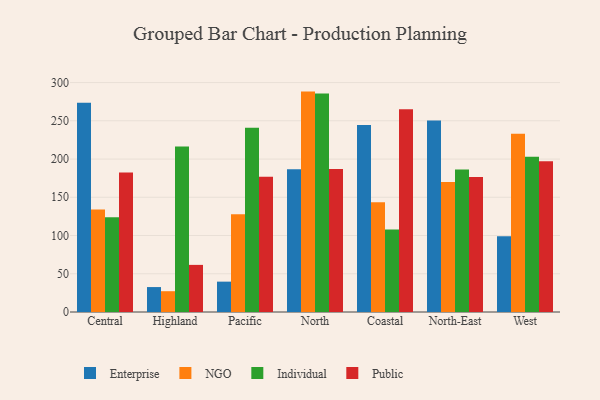
{"axis": {"x": "Region", "y": "Budget (USD K)"}, "legend": ["Enterprise", "Individual", "NGO", "Public"], "data": [{"x": "Central", "y": 273.7, "type": "Enterprise"}, {"x": "Central", "y": 134.1, "type": "NGO"}, {"x": "Central", "y": 123.8, "type": "Individual"}, {"x": "Central", "y": 182.5, "type": "Public"}, {"x": "Highland", "y": 32.6, "type": "Enterprise"}, {"x": "Highland", "y": 27.2, "type": "NGO"}, {"x": "Highland", "y": 216.3, "type": "Individual"}, {"x": "Highland", "y": 61.6, "type": "Public"}, {"x": "Pacific", "y": 39.7, "type": "Enterprise"}, {"x": "Pacific", "y": 127.8, "type": "NGO"}, {"x": "Pacific", "y": 240.8, "type": "Individual"}, {"x": "Pacific", "y": 176.7, "type": "Public"}, {"x": "North", "y": 186.6, "type": "Enterprise"}, {"x": "North", "y": 288.2, "type": "NGO"}, {"x": "North", "y": 285.8, "type": "Individual"}, {"x": "North", "y": 186.9, "type": "Public"}, {"x": "Coastal", "y": 244.4, "type": "Enterprise"}, {"x": "Coastal", "y": 143.5, "type": "NGO"}, {"x": "Coastal", "y": 108.0, "type": "Individual"}, {"x": "Coastal", "y": 265.0, "type": "Public"}, {"x": "North-East", "y": 250.5, "type": "Enterprise"}, {"x": "North-East", "y": 170.1, "type": "NGO"}, {"x": "North-East", "y": 186.2, "type": "Individual"}, {"x": "North-East", "y": 176.6, "type": "Public"}, {"x": "West", "y": 99.0, "type": "Enterprise"}, {"x": "West", "y": 233.1, "type": "NGO"}, {"x": "West", "y": 203.0, "type": "Individual"}, {"x": "West", "y": 197.2, "type": "Public"}]}